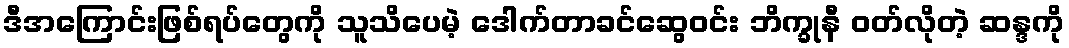
ဒီအကြောင်းဖြစ်ရပ်တွေကို သူသိပေမဲ့ ဒေါက်တာခင်ဆွေဝင်း ဘိက္ခုနီ ဝတ်လိုတဲ့ ဆန္ဒကို